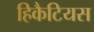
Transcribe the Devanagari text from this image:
हिकैटियस